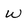
Character: W